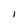
Character: l